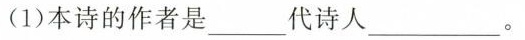
(1)本诗的作者是___代诗人___。